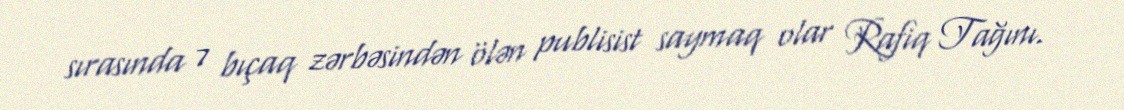
sırasında 7 bıçaq zərbəsindən ölən publisist saymaq olar Rafiq Tağını.